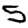
Digit: 5